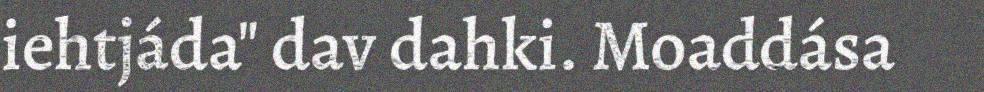
iehtjáda" dav dahki. Moaddása